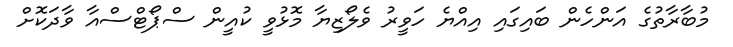
މުބާރާތުގެ އަންހެން ބައިގައި އިއްޔެ ހަވީރު ވެލޯޒިޔާ މޮޅުވީ ކުއީން ސްޕޯޓްސްއާ ވާދަކޮށް